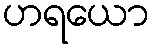
ဟရယော